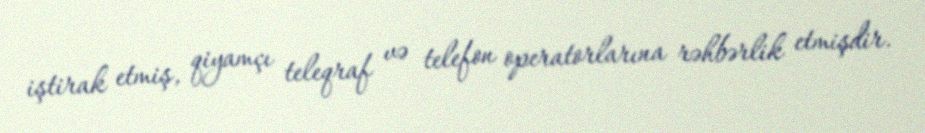
iştirak etmiş, qiyamçı teleqraf və telefon operatorlarına rəhbərlik etmişdir.